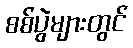
စစ်ပွဲများတွင်